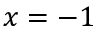
x = - 1